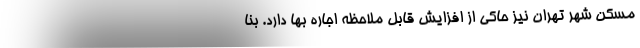
مسکن شهر تهران نیز حاکی از افزایش قابل ملاحظه اجاره بها دارد. بنا